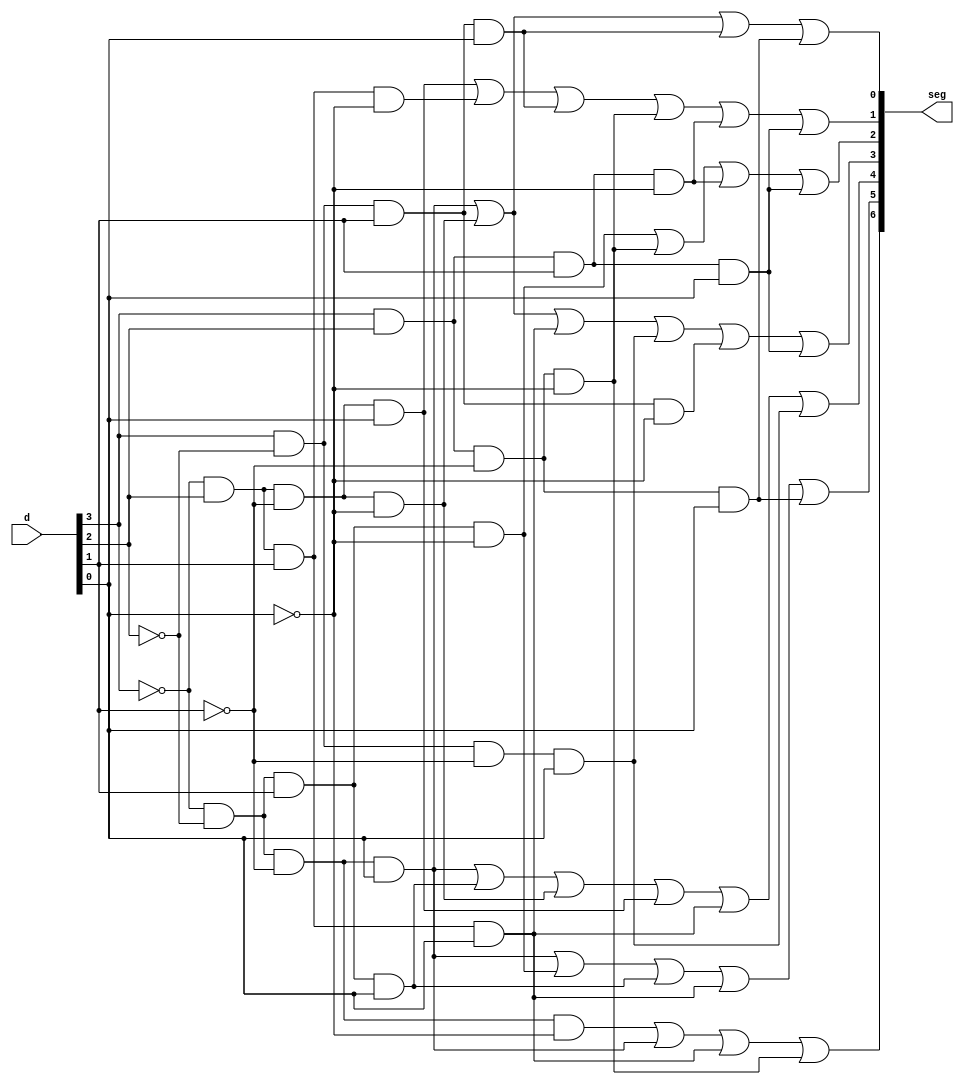
`timescale 1ns / 1ps
//////////////////////////////////////////////////////////////////////////////////
// Company: 
// Engineer: 
// 
// Design Name: 
// Module Name: hex7seg
// Project Name: 
// Target Devices: 
// Tool Versions: 
// Description: 
// 
// Dependencies: 
// 
// Revision:
// Revision 0.01 - File Created
// Additional Comments:
// 
//////////////////////////////////////////////////////////////////////////////////


module hex7seg(

    input [3:0] d,
    output [6:0] seg
    
    );
    
    //Selector mySelector (.H(d));
    
    assign seg[0] = (~d[3]&~d[2]&~d[1]&d[0])|(~d[3]&d[2]&~d[1]&~d[0])|(d[3]&~d[2]&d[1]&d[0])|(d[3]&d[2]&~d[1]&d[0]);
    assign seg[1] = (~d[3]&d[2]&~d[1]&d[0])|(~d[3]&d[2]&d[1]&~d[0])|(d[3]&~d[2]&d[1]&d[0])|(d[3]&d[2]&~d[1]&~d[0])|(d[3]&d[2]&d[1]&~d[0])|(d[3]&d[2]&d[1]&d[0]);
    assign seg[2] = (~d[3]&~d[2]&d[1]&~d[0])|(d[3]&d[2]&~d[1]&~d[0])|(d[3]&d[2]&d[1]&~d[0])|(d[3]&d[2]&d[1]&d[0]);
    assign seg[3] = (~d[3]&~d[2]&~d[1]&d[0])|(~d[3]&d[2]&~d[1]&~d[0])|(~d[3]&d[2]&d[1]&d[0])|(d[3]&~d[2]&~d[1]&d[0])|(d[3]&~d[2]&d[1]&~d[0])|(d[3]&d[2]&d[1]&d[0]);
    assign seg[4] = (~d[3]&~d[2]&~d[1]&d[0])|(~d[3]&~d[2]&d[1]&d[0])|(~d[3]&d[2]&~d[1]&~d[0])|(~d[3]&d[2]&~d[1]&d[0])|(~d[3]&d[2]&d[1]&d[0])|(d[3]&~d[2]&~d[1]&d[0]);
    assign seg[5] = (~d[3]&~d[2]&~d[1]&d[0])|(~d[3]&~d[2]&d[1]&~d[0])|(~d[3]&~d[2]&d[1]&d[0])|(~d[3]&d[2]&d[1]&d[0])|(d[3]&d[2]&~d[1]&d[0]);
    assign seg[6] = (~d[3]&~d[2]&~d[1]&~d[0])|(~d[3]&~d[2]&~d[1]&d[0])|(~d[3]&d[2]&d[1]&d[0])|(d[3]&d[2]&~d[1]&~d[0]);

    
endmodule